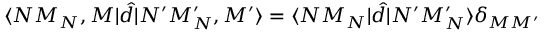
\langle N M _ { N } , M | \hat { d } | N ^ { \prime } M _ { N } ^ { \prime } , M ^ { \prime } \rangle = \langle N M _ { N } | \hat { d } | N ^ { \prime } M _ { N } ^ { \prime } \rangle \delta _ { M M ^ { \prime } }